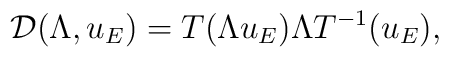
\mathcal{D}(\Lambda, u_E) = T(\Lambda u_E) \Lambda T^{-1}(u_E),